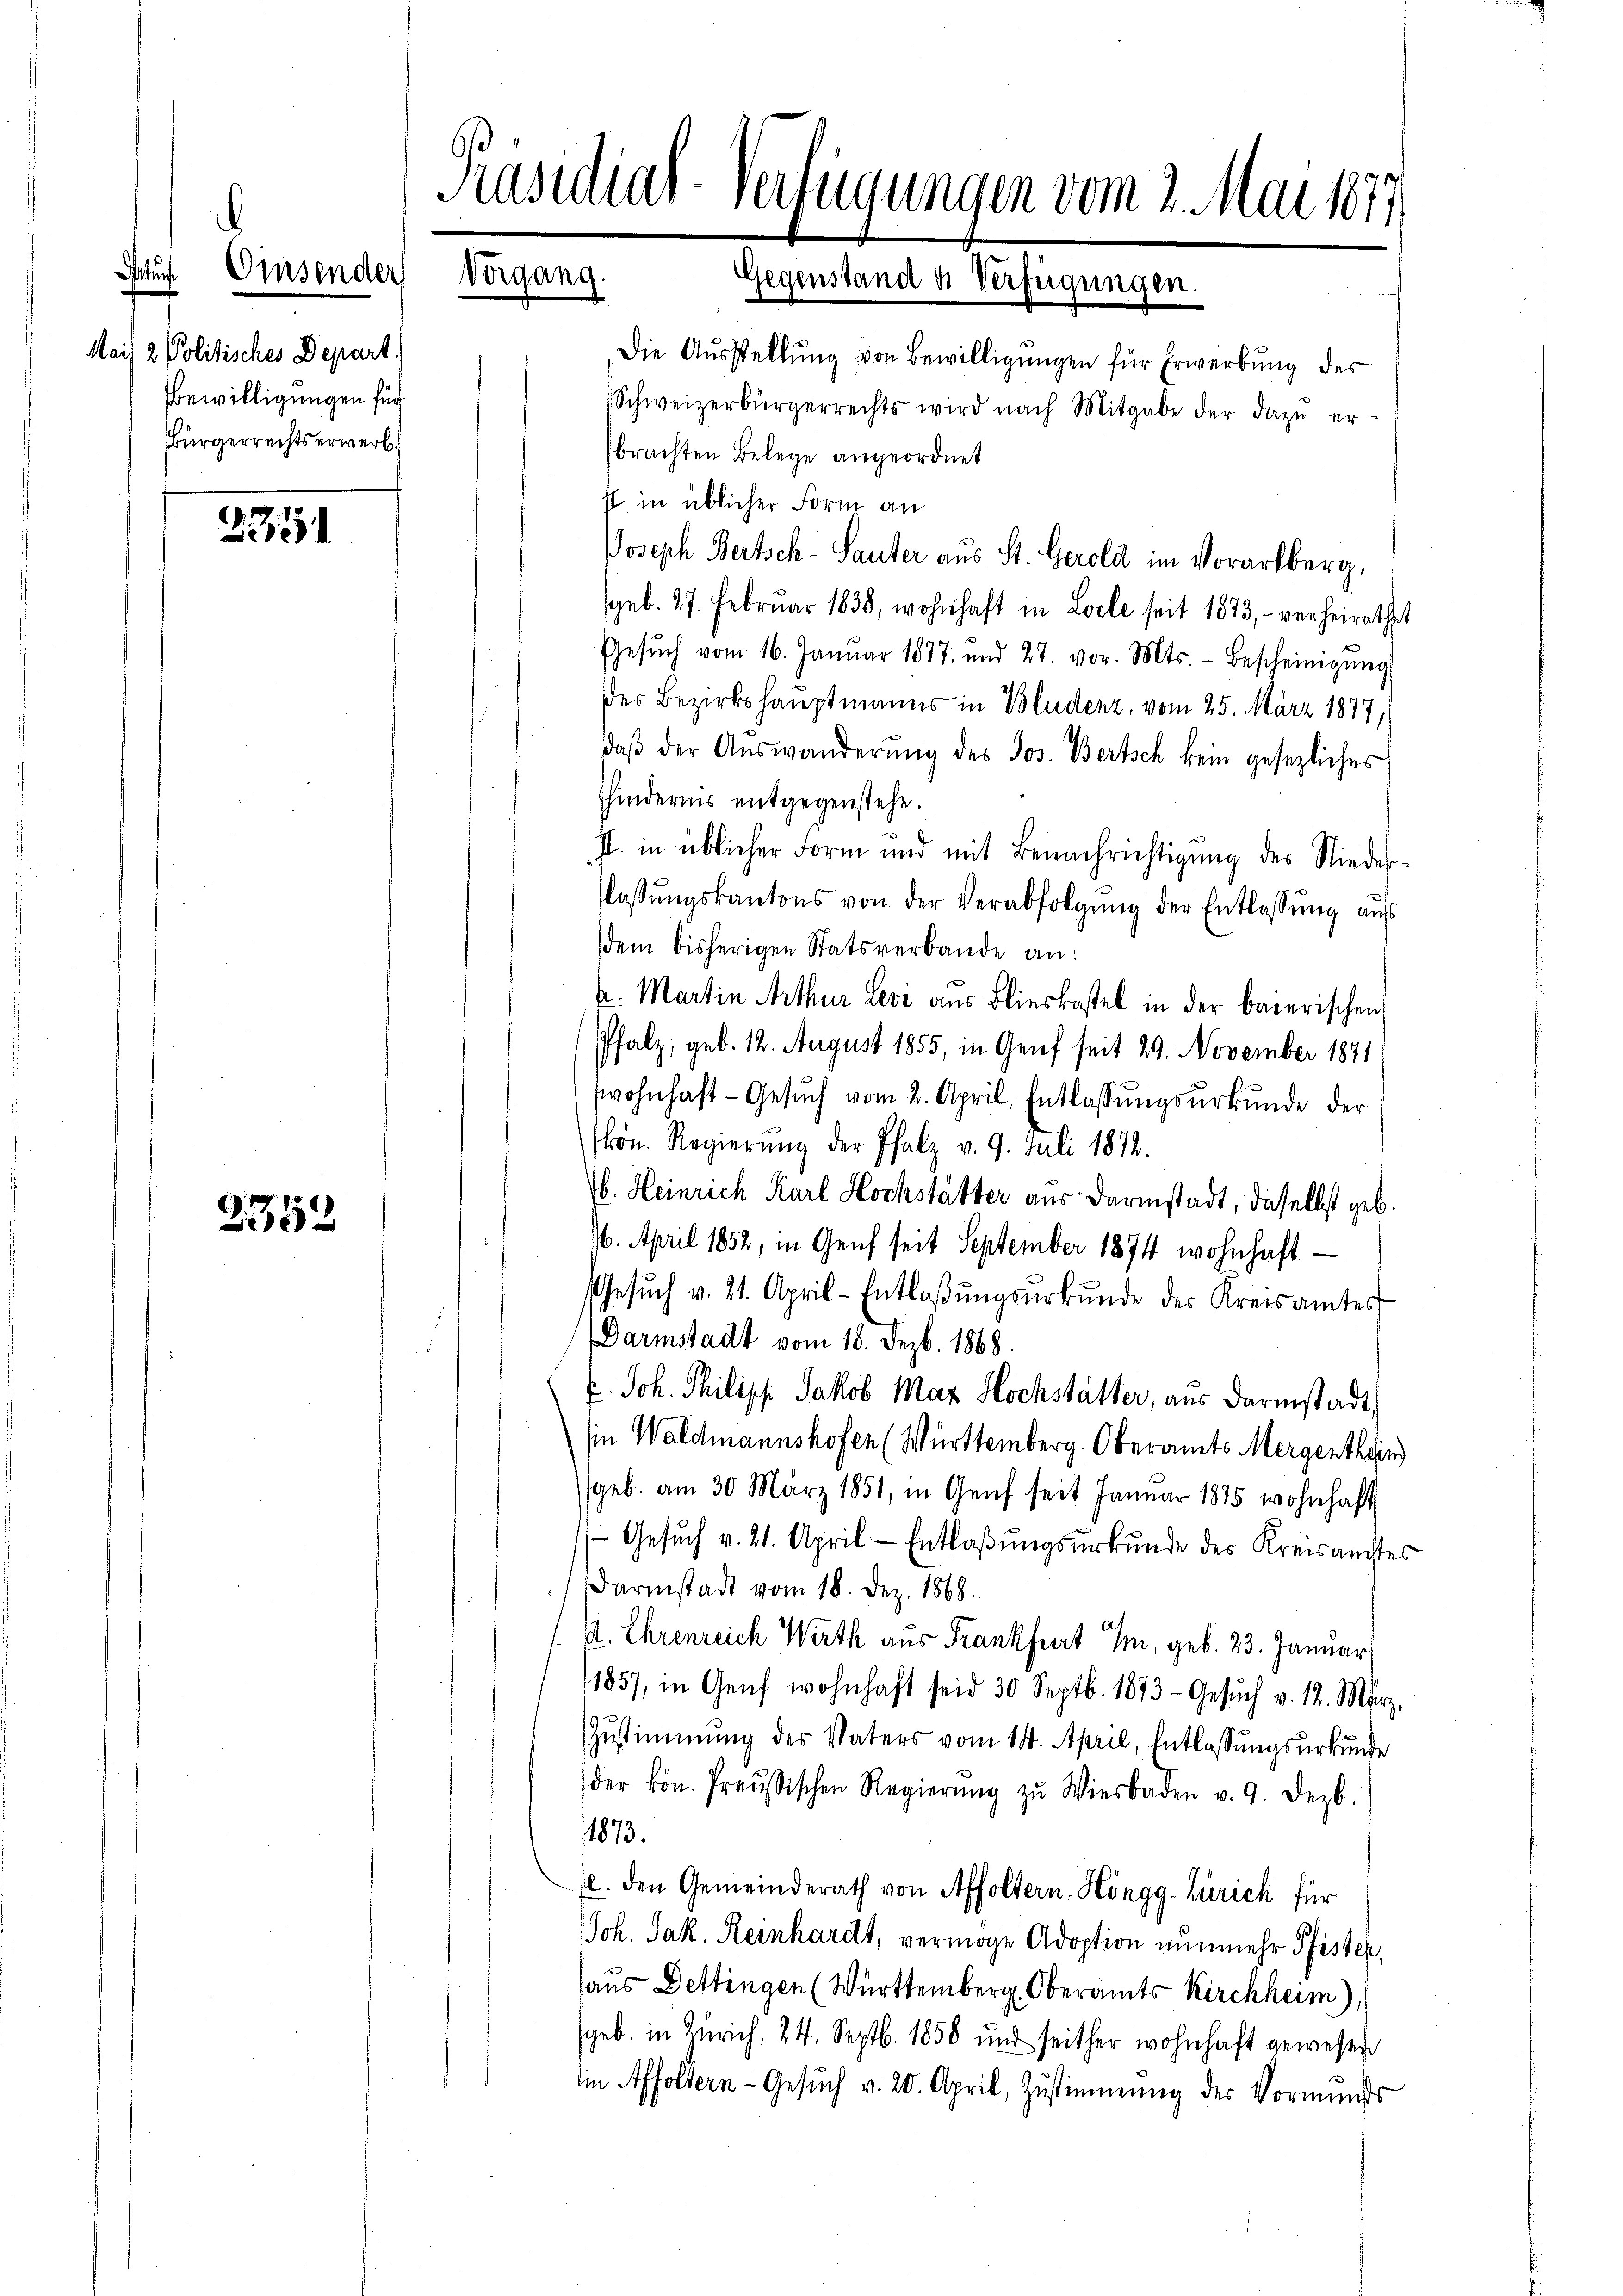
Mais 2 Politisches Depart.
Bewilligungen für
Bürgerrechtserwerb.

Satur Eisender

235

2352

Präsidial-Verfügungen vom 2. Mai 1877
Vorgang.
Gegenstand u. Verfügungen.

Die Ausstellung von Bewilligungen für Erwerbung des
Schweizerbürgerrechts wird nach Mitgabe der dazŭ er-
brachten Belege angeordnet
s in üblicher Form an
Joseph Bertsch-Sauter aus St. Gerold im Vorarlberg,
geb. 27. Februar 1838, wohnhaft in Loele seit 1873, - verheirathet
Gesŭch vom 16. Januar 1877, und 27. vor. Mts. - Bescheinigŭng
des Bezirkshauptmanns in Bludenz, vom 25. März 1877,
daβ der Auswanderung des Jos. Bertsch kein gesezliches
hindernis entgegenstehe.
I. in üblicher Form und mit Benachrichtigung des Niederlassŭngskantons von der Verabfolgŭng der Entlassŭng aŭs
dem bisherigen Statsverbande an:
k. Martin Arthur Levi aus Blieskastel in der baierischen
Pfalz, geb. 12. August 1855, in Genf seit 29. November 1871
wohnhaft-Gesŭch vom 2. April, Entlassŭngsŭrkŭnde der
hön. Regierŭng der Pfalz v. 9. Juli 1872.
b. Heinrich Karl Hochstätter aus Darmstadt, daselbst geb.
6. April 1852, in Genf seit September 1874 wohnhaft
Gesŭch v. 21. April-Entlaßungsurkunde des Kreisamtes
Darmstadt vom 18. Dezb. 1868.
 Joh. Philisch Jakob Maz Hochstätter, aus Darmstadt,
in Waldmannshofen (Württemberg. Oberamts Mergenthan
geb. am 30. März 1851, in Genf seit Januar 1875 wohnhaft
- Gesuch v. 21. April - Entlaßungsurkunde des Kreis auchtes
Darmstadt vom 18. Dez. 1868.
P. Ehrenreich Wirth aus Frankfurt Im, geb. 23. Januar
1857, in Genf wohnhaft seid 30 Septb. 1873 - Gesŭch v. 12. März,
Zŭstimmung des Vaters vom 14. April, Entlassŭngsurkunde
der kön. Preußischen Regierŭng zu Wiesbaden v. 9. Dezb.
1873.
fl. den Gemeinderath von Affoltern. Höngg-Zürich für
Joh. Jak. Reinhardt, vermöge Adoption nunmehr Pfister,
aus Dettingen (Württemberg. Oberamts Kirchheim),
geb. in Zürich, 24. Septb. 1858 und seither wohnhaft gewesen
in Affoltern-Gesŭch v. 20. April, Zustimmung des Vormunds